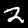
Digit: 2